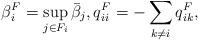
LaTeX: \begin{align*} \beta_i^F=\sup_{j\in F_i}\bar \beta_j,q_{ii}^F=-\sum_{k\neq i}q_{ik}^F,\end{align*}